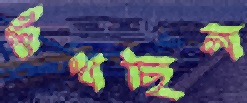
শুঁখছিল